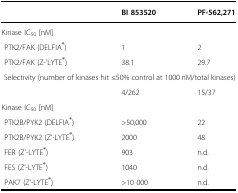
|  | BI 853520 | PF-562,271 |
 | --- | --- | --- |
 | <COLSPAN=3> Kinase IC50 [nM] |
 | PTK2/FAK (DELFIA®) | 1 | 2 |
 | PTK2/FAK (Z-'LYTE®) | 38.1 | 29.7 |
 | <COLSPAN=3> Selectivity (number of kinases hit ≤50% control at 1000 nM/total kinases) |
 |  | 4/262 | 15/37 |
 | <COLSPAN=3> Kinase IC50 [nM] |
 | PTK2B/PYK2 (DELFIA®) | >50,000 | 22 |
 | PTK2B/PYK2 (Z’-LYTE®) | 2000 | 48 |
 | FER (Z'-LYTE®) | 903 | n.d. |
 | FES (Z'-LYTE®) | 1040 | n.d. |
 | PAK7 (Z'-LYTE®) | >10 000 | n.d. |